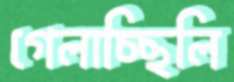
গেলাচ্ছিলি